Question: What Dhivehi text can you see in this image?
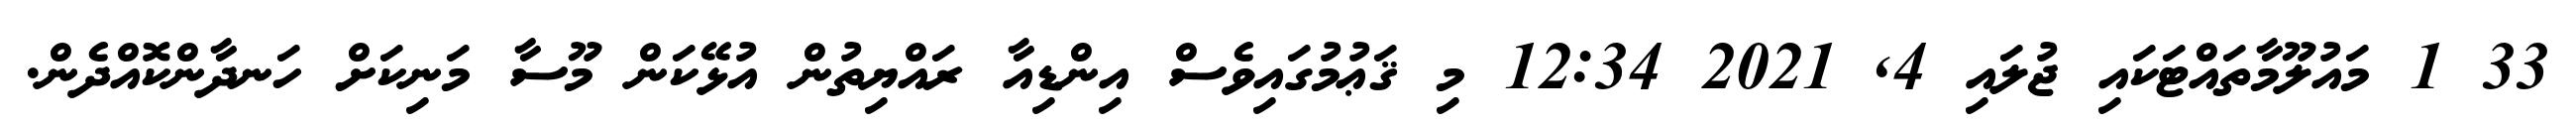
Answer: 33 1 މައުލޫމާތައްޓަކައި ޖުލައި 4, 2021 12:34 މި ޤަޢުމުގައިވެސް އިންޑިއާ ރައްޔިތުން އުޅޭކަން މޫސާ މަނިކަށް ހަނދާންކޮއްދެން.